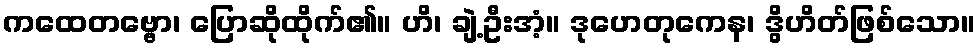
ကထေတဗ္ဗော၊ ပြောဆိုထိုက်၏။ ဟိ၊ ချဲ့ဦးအံ့။ ဒုဟေတုကေန၊ ဒွိဟိတ်ဖြစ်သော။